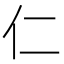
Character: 仁